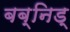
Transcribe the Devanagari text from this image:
बब्निड्